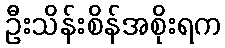
ဦးသိန်းစိန်အစိုးရက